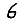
Digit: 6